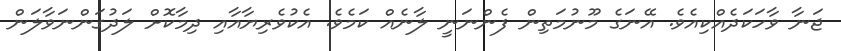
ޖަނާ ވާހަކަދެއްކިއެވެ. އޭނަގެ މޫނުމަތިން ފެންނަނީ ލާނެއް ކަމެވެ. އެކުވެރިޔާއާއި ދިމާކޮށް ލަދުގަންނަވާލަން